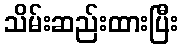
သိမ်းဆည်းထားပြီး